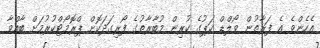
އެހެންވެ އެ ފަރާތުން ވޯލްޑް ކަޕުގެ ކުރިން މުބާރާތުގެ ފޯރިގަދަކޮށް ޕްރޮމޯޓްކުރުމަށް ބާއްވާ